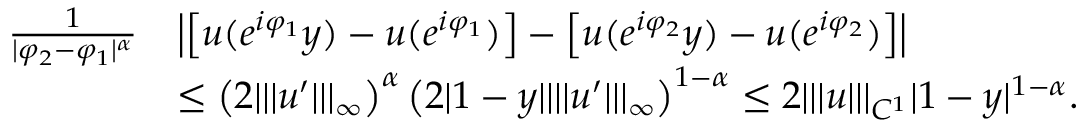
\begin{array} { r l } { \frac { 1 } { | \varphi _ { 2 } - \varphi _ { 1 } | ^ { \alpha } } } & { \left| \left[ u ( e ^ { i \varphi _ { 1 } } y ) - u ( e ^ { i \varphi _ { 1 } } ) \right] - \left[ u ( e ^ { i \varphi _ { 2 } } y ) - u ( e ^ { i \varphi _ { 2 } } ) \right] \right| } \\ & { \leq \left( 2 | | | u ^ { \prime } | | | _ { \infty } \right) ^ { \alpha } \left( 2 | 1 - y | | | | u ^ { \prime } | | | _ { \infty } \right) ^ { 1 - \alpha } \leq 2 | | | u | | | _ { C ^ { 1 } } | 1 - y | ^ { 1 - \alpha } . } \end{array}